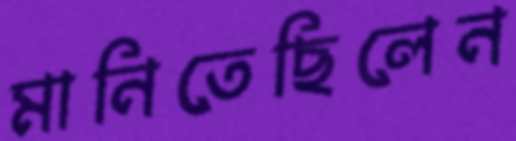
মানিতেছিলেন